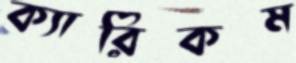
ক্যারিকম